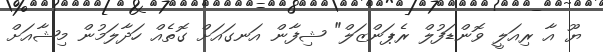
ޔޫ އާ ރިއަލީ ވޮންޑަފުލް ރެޕަންޒަލް" ޝިފާން އަނގައަށް ގޮތެއް ހަދާލަމުން މިޝާއަށް